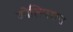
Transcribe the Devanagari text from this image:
कोलिएशन